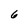
Character: 6